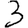
Digit: 3